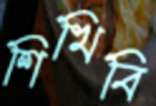
শিখিবি